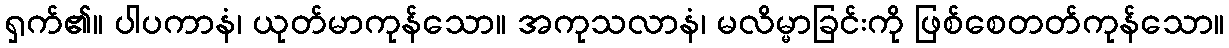
ရှက်၏။ ပါပကာနံ၊ ယုတ်မာကုန်သော။ အကုသလာနံ၊ မလိမ္မာခြင်းကို ဖြစ်စေတတ်ကုန်သော။